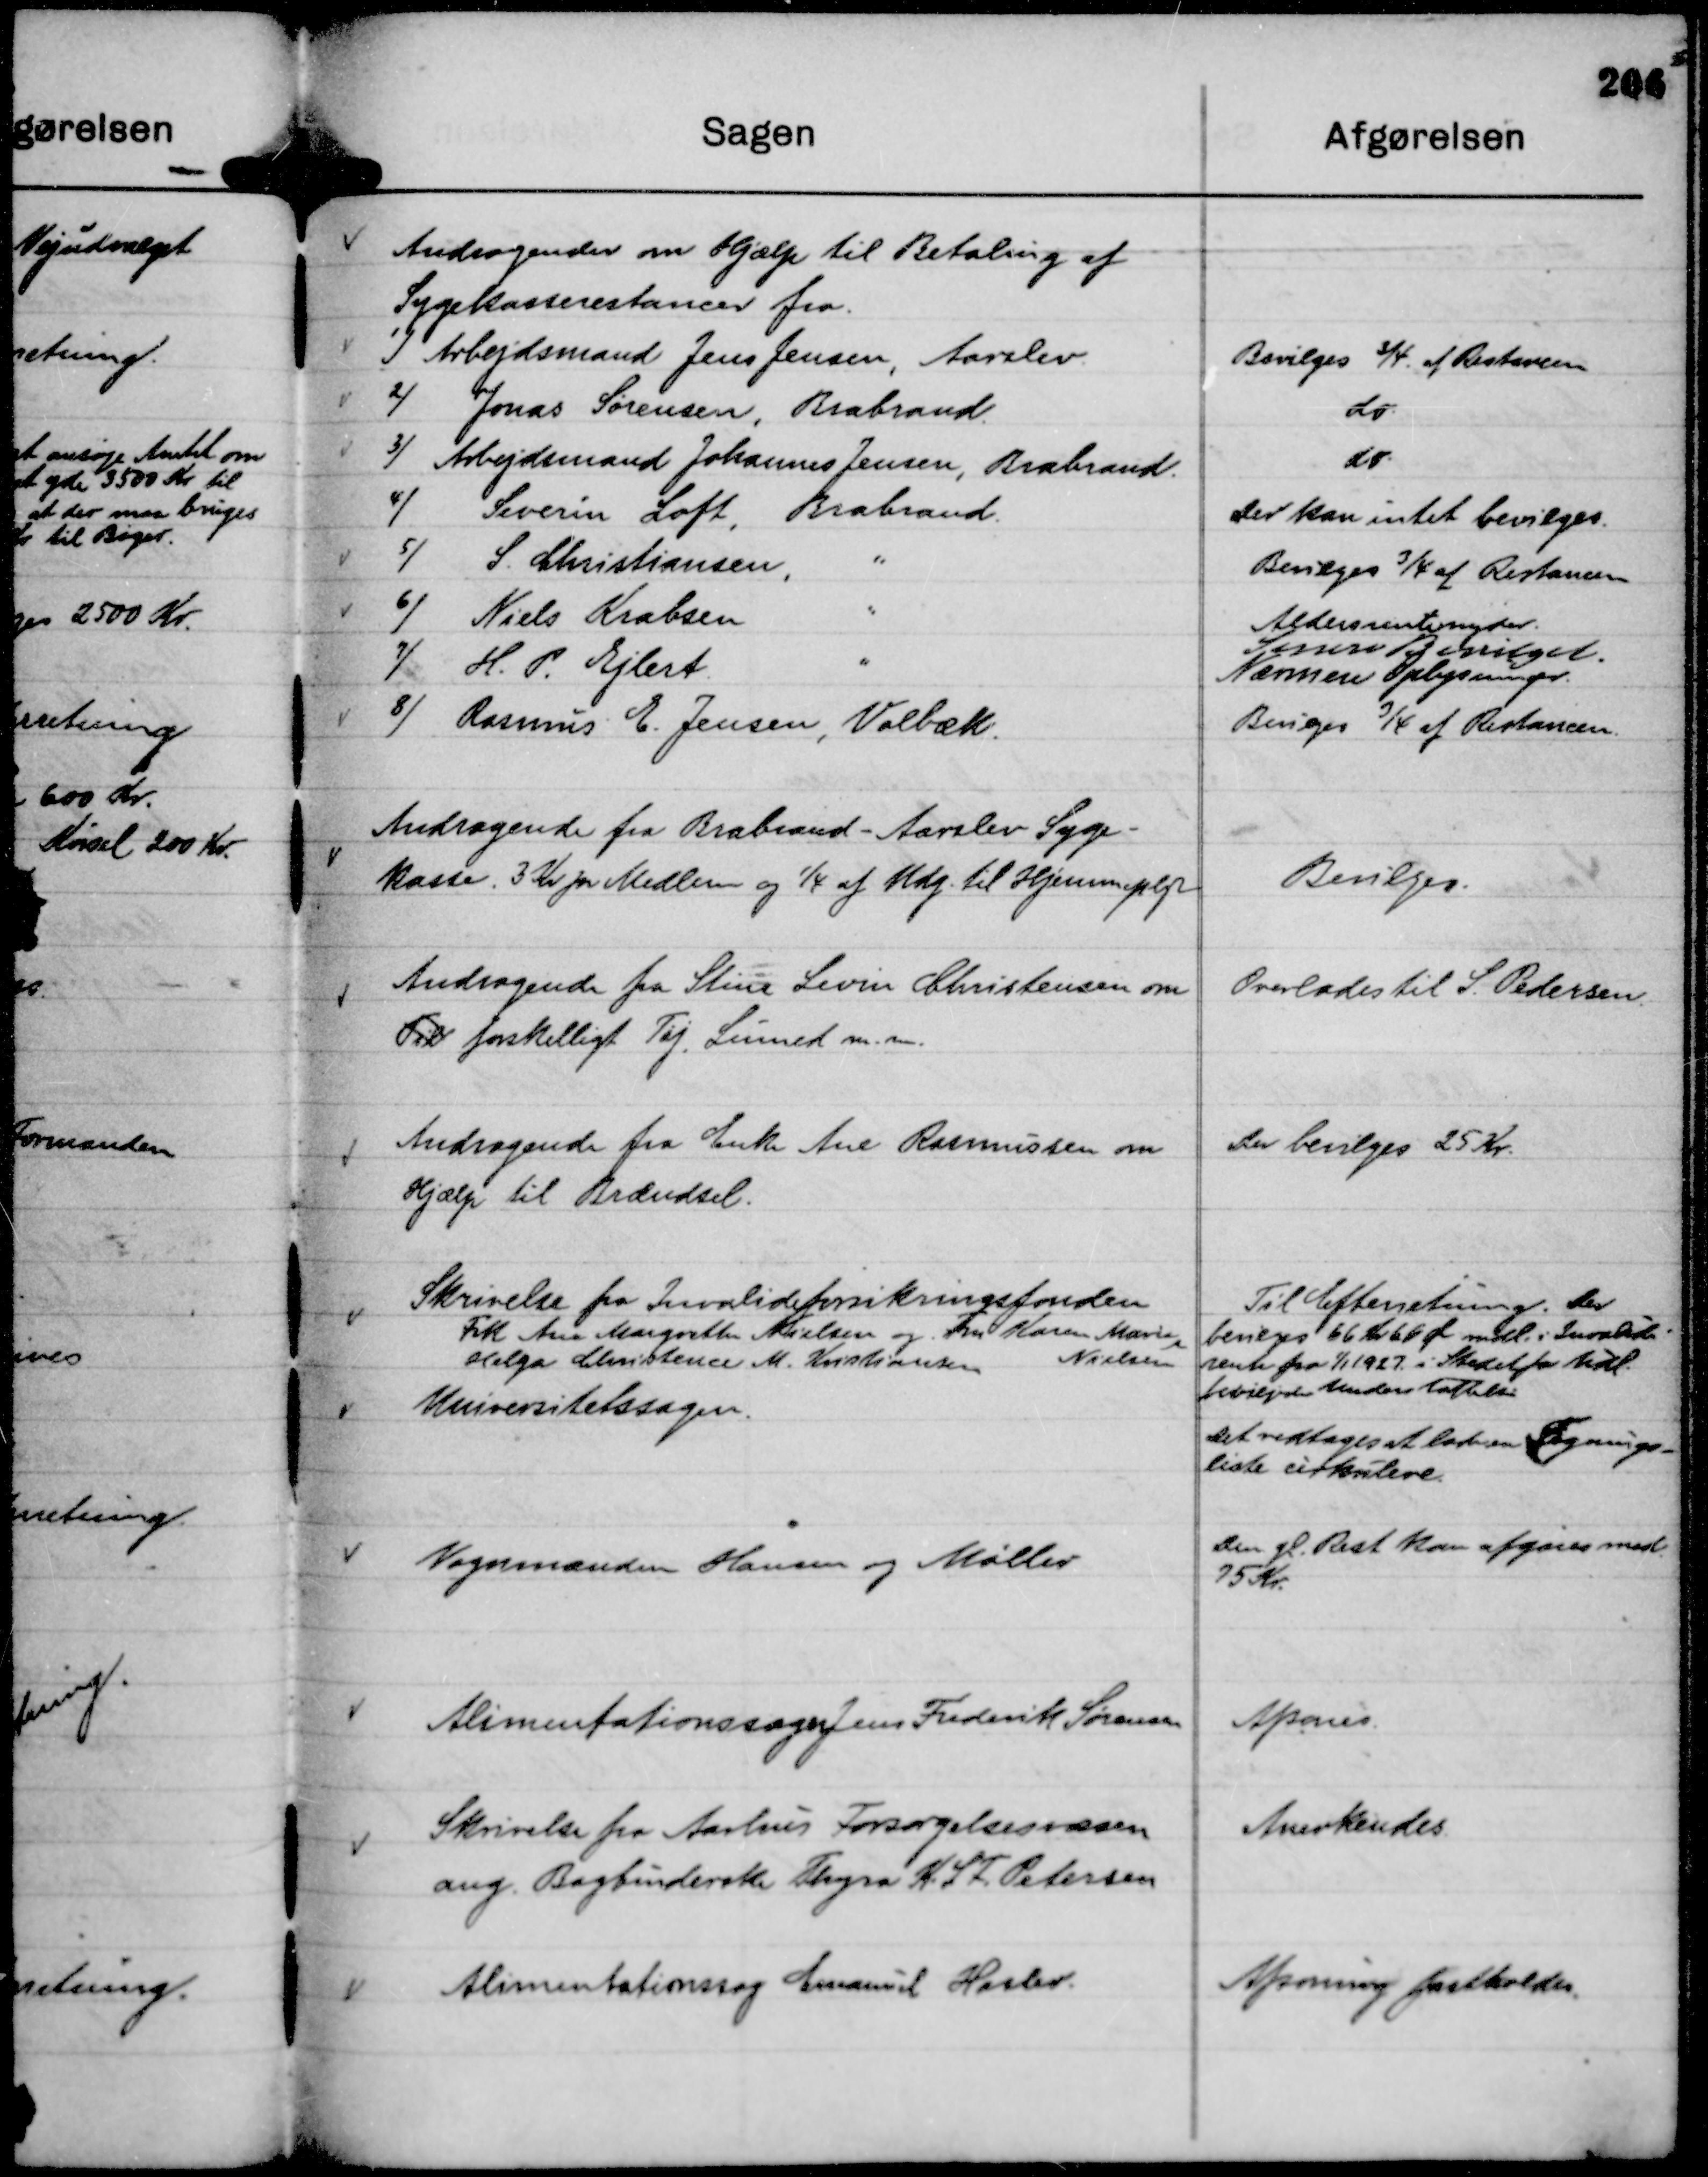
Transskription:
Andragende fra Brabrand - Aarslev Syge-
kasse. 3 Kr pr Medlem og ¼ af Udg. til Hjemmepljr

Bevilges.

Andragende fra Stine Levin Christensen om
Til forskelligt Tøj, Linned m.m.

Overlades til S. Pedersen.

Andragende fra Enke Ane Rasmussen om
Hjælp til Brændsel.

Der bevilges 25 Kr.

Skrivelse fra Invalideforsikringsfonden
Frk Ane Margrethe Nielsen og Fru Karen Marie
Nielsen
Helga Christence M. Kristiansen

Til Efterretning. Der
bevilges 66 Kr 66 Ør mdl. i Invalide-
rente fra 1/1 1927 i Stedet for tidl.
bevilgede Understøttelse.

Universitetssagen.

Det vedtages at lade en Tegnings-
liste cirkulere.

Vognmanden Hansen og Møller

Den gl. Rest kan afgøres med
75 Kr.

Alimentationssager Jens Frederik Sørensen

Afsones.

Skrivelse fra Aarhus Forsørgelsesvæsen
ang. Bogbinderske Thyra K. S F. Petersen

Anerkendes.

Alimentationssag Emanuel Haslev.

Afsoning fastholdes.